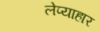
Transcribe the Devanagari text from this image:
लेप्याहार